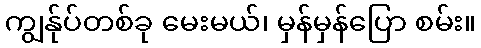
ကျွန်ုပ်တစ်ခု မေးမယ်၊ မှန်မှန်ပြော စမ်း။